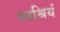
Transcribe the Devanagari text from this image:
स्वश्रियं